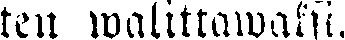
ten walittawaksi